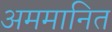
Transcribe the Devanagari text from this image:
अममानित